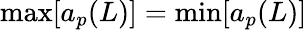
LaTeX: \operatorname*{max}[a_{p}(L)]=\operatorname*{min}[a_{p}(L)]